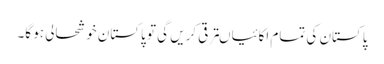
پاکستان کی تمام اکائیاںترقی کریں گی تو پاکستان خوشحالی ہو گا۔